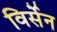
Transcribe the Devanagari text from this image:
विर्सेन